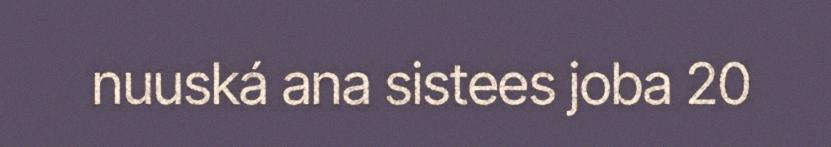
nuuská ana sistees joba 20